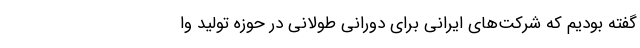
گفته بودیم که شرکت‌های ایرانی برای دورانی طولانی در حوزه تولید وا